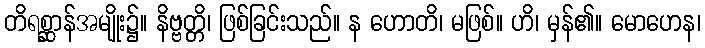
တိရစ္ဆာန်အမျိုး၌။ နိဗ္ဗတ္တိ၊ ဖြစ်ခြင်းသည်။ န ဟောတိ၊ မဖြစ်။ ဟိ၊ မှန်၏။ မောဟေန၊